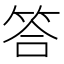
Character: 答